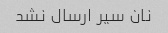
نان سیر ارسال نشد